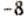
-8